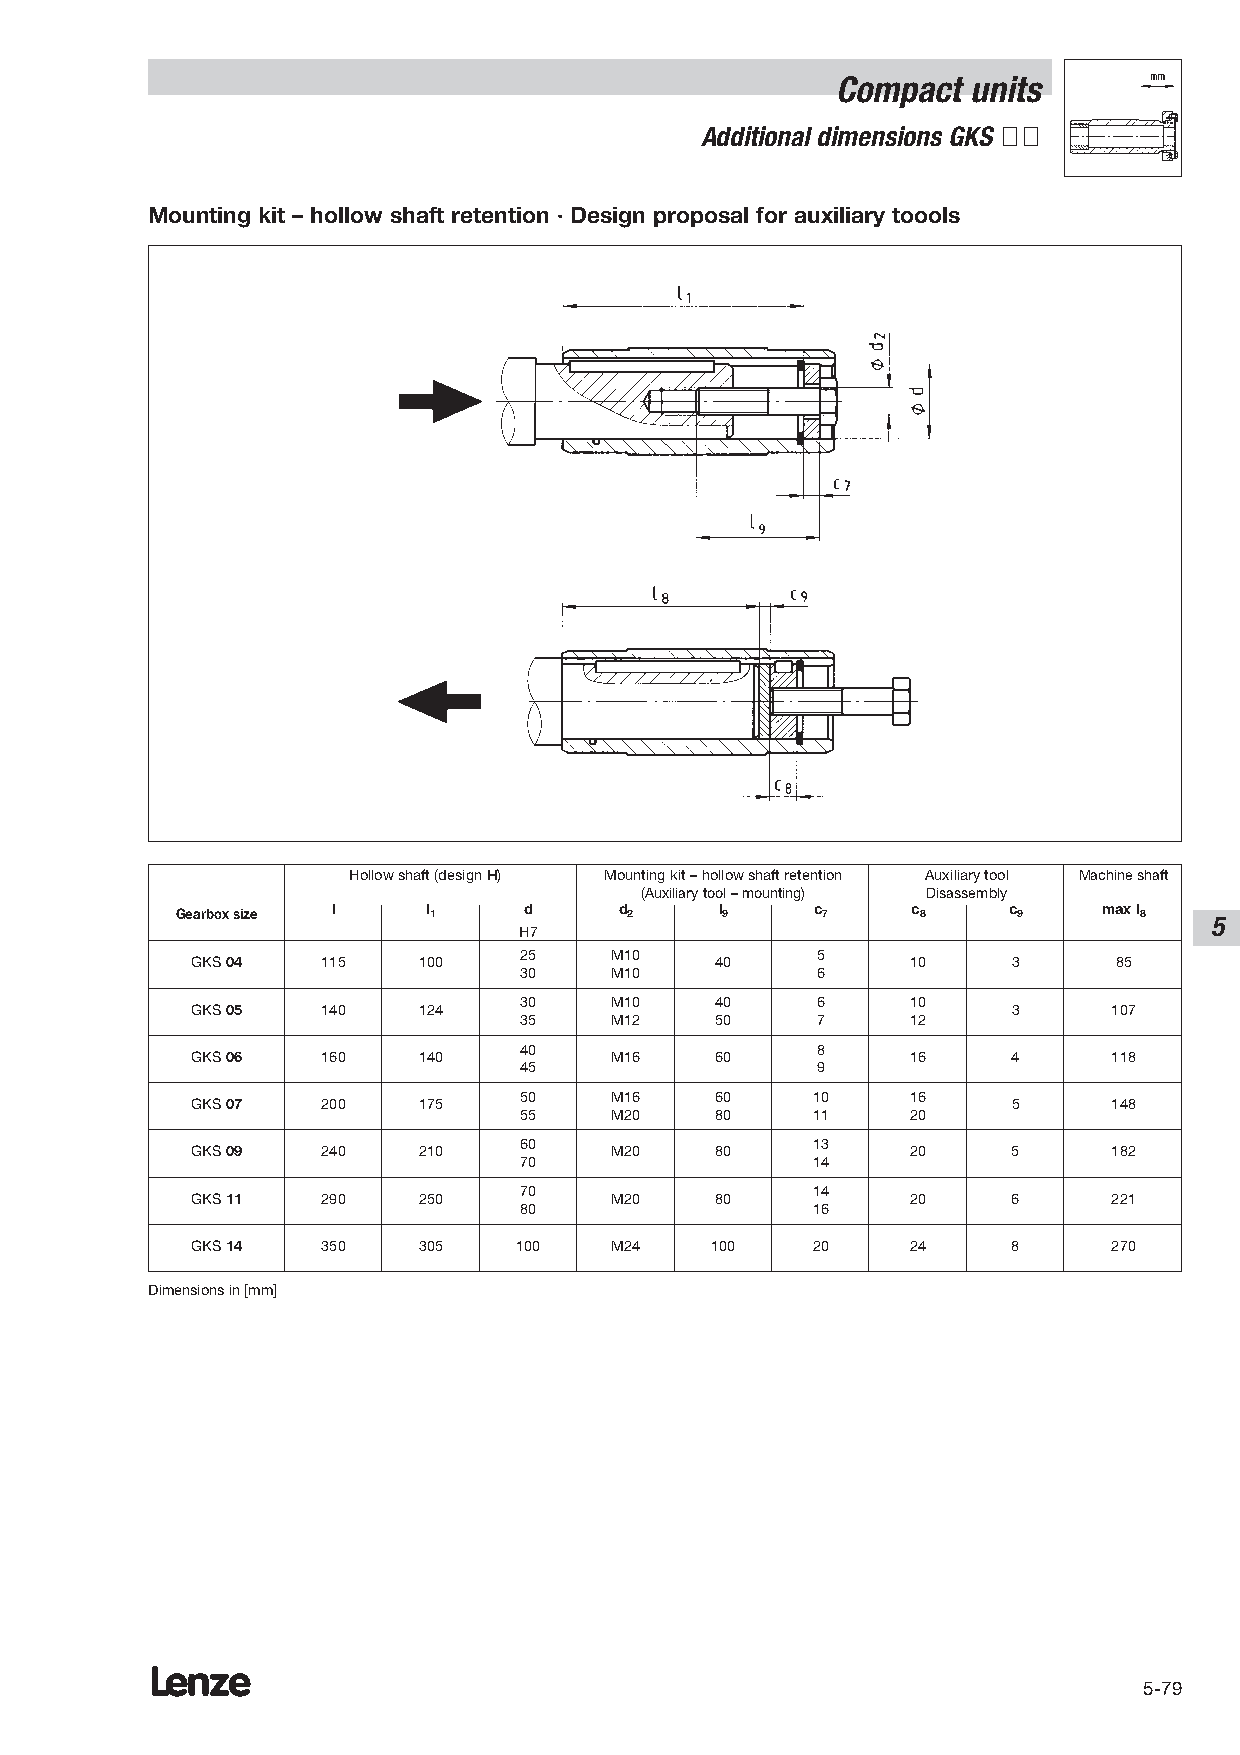
Compact  units
 Additional dimensions GKS ÇÇ
 Mounting kit – hollow shaft retention · Design proposal for auxiliary toools
 Hollow shaft (design H) Mounting kit – hollow shaft retention Auxiliary tool Machine shaft
 (Auxiliary tool – mounting) Disassembly
 Gearbox size l  l 1    d     d 2    l 9   c 7   c 8    c 9   max l 8 5
 H7
 25    M10           5
 GKS04   115    100                40           10     3      85
 30    M10           6
 30    M10    40     6     10
 GKS05   140    124                                    3      107
 35    M12    50     7     12
 40                  8
 GKS06   160    140         M16    60           16     4      118
 45                  9
 50    M16    60     10    16
 GKS07   200    175                                    5      148
 55    M20    80     11    20
 60                  13
 GKS09   240    210         M20    80           20     5      182
 70                  14
 70                  14
 GKS11   290    250         M20    80           20     6      221
 80                  16
 GKS14   350    305   100   M24    100    20    24     8      270
 Dimensions in [mm]
 Lenze
 5-79